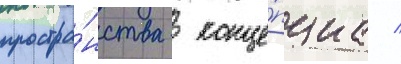
простра́нства  конце́пциа /